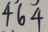
4 6 4